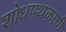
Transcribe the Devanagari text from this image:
शोधपथकाची